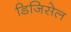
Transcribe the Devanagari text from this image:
डिजिसेल